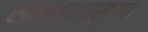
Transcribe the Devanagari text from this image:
सन्ध्यावर्णन